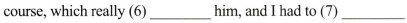
course,which eally (6) ___ him, and I had to (7) ___